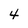
Character: 4